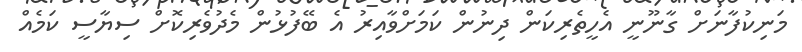
މަނިކުފާނަށް ގާނޫނީ އެހީތެރިކަން ދިނުން ކަމަށްވާއިރު އެ ބޭފުޅުން މެދުވެރިކޮށް ސިޔާސީ ކަމެއް